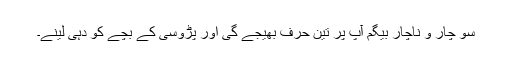
سو چار و ناچار بیگم آپ پر تین حرف بھیجے گی اور پڑوسی کے بچے کو دہی لینے۔